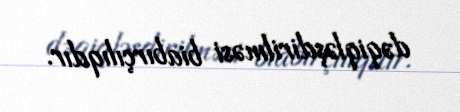
dəqiqləşdirilməsi biabırçılıqdır.